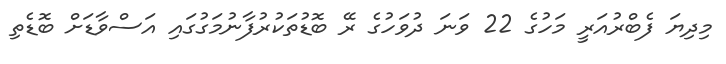
މިދިޔަ ފެބްރުއަރީ މަހުގެ 22 ވަނަ ދުވަހުގެ ރޭ ބޮޑުތަކުރުފާނުމަގުގައި އަސްވާޑަށް ބޮޑެތި